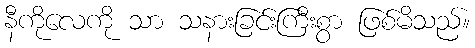
နီကိုလေကို သာ သနားခြင်းကြီးစွာ ဖြစ်မိသည်။